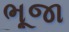
ભૂજા